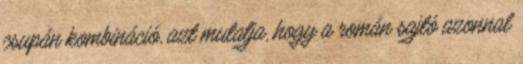
csupán kombináció, azt mutatja, hogy a román sajtó azonnal